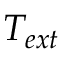
T _ { e x t }